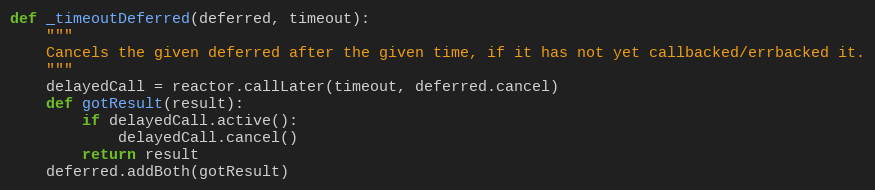
Language: Python
def _timeoutDeferred(deferred, timeout):
    """
    Cancels the given deferred after the given time, if it has not yet callbacked/errbacked it.
    """
    delayedCall = reactor.callLater(timeout, deferred.cancel)
    def gotResult(result):
        if delayedCall.active():
            delayedCall.cancel()
        return result
    deferred.addBoth(gotResult)